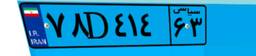
۷۸D۴۱۴۶۳